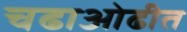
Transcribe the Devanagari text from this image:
चढाओढीत